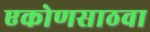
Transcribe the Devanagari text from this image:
एकोणसाठवा